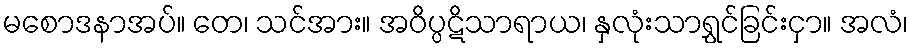
မစောဒနာအပ်။ တေ၊ သင်အား။ အဝိပ္ပဋိသာရာယ၊ နှလုံးသာရွှင်ခြင်းငှာ။ အလံ၊